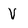
Character: V